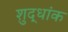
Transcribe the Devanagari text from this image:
शुद्धांक